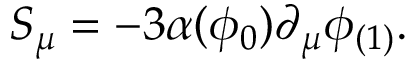
S _ { \mu } = - 3 \alpha ( \phi _ { 0 } ) \partial _ { \mu } \phi _ { ( 1 ) } .